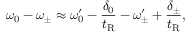
\omega _ { 0 } - \omega _ { \pm } \approx \omega _ { 0 } ^ { \prime } - \frac { \delta _ { 0 } } { t _ { \mathrm { R } } } - \omega _ { \pm } ^ { \prime } + \frac { \delta _ { \pm } } { t _ { \mathrm { R } } } ,